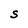
Character: S